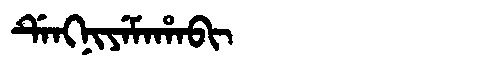
Manchu: ᡩᡝᠩᠨᡳᠶᡝᠮᠠᡥᠠᠪᡳ
Romanization: DENGNIYEMAHABI